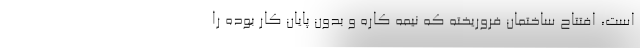
است، افتتاح ساختمان فروریخته که نیمه کاره و بدون پایان کار بوده را